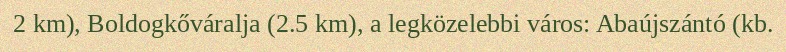
2 km), Boldogkőváralja (2.5 km), a legközelebbi város: Abaújszántó (kb.